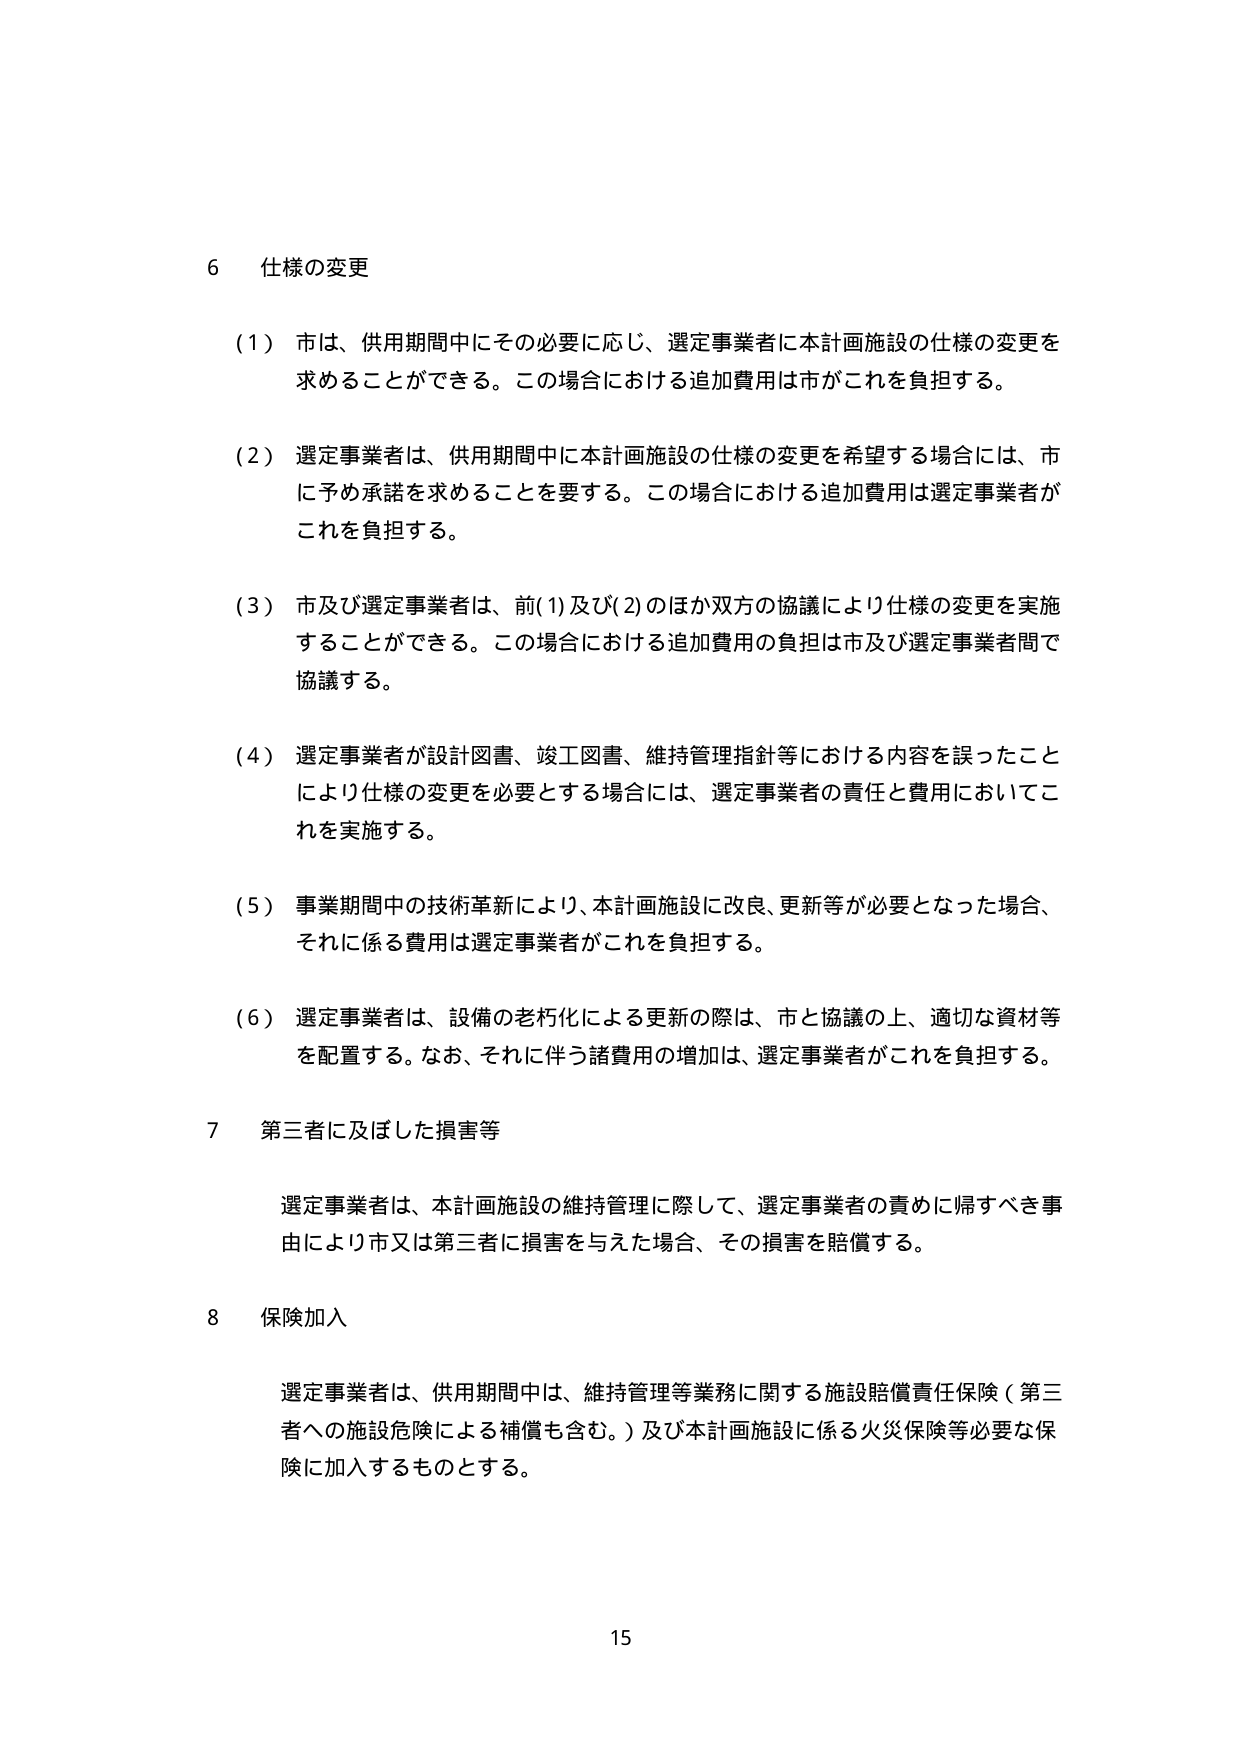
6 仕様の変更

（1）市は、供用期間中にその必要に応じ、選定事業者に本計画施設の仕様の変更を
求めることができる。この場合における追加費用は市がこれを負担する。

（2）選定事業者は、供用期間中に本計画施設の仕様の変更を希望する場合には、市
に予め承諾を求めることを要する。この場合における追加費用は選定事業者が
これを負担する。

（3）市及び選定事業者は、前(1)及び(2)のほか双方の協議により仕様の変更を実施
することができる。この場合における追加費用の負担は市及び選定事業者間で
協議する。

（4）選定事業者が設計図書、竣工図書、維持管理指針等における内容を誤ったこと
により仕様の変更を必要とする場合には、選定事業者の責任と費用においてこ
れを実施する。

（5）事業期間中の技術革新により、本計画施設に改良、更新等が必要となった場合、
それに係る費用は選定事業者がこれを負担する。

（6）選定事業者は、設備の老朽化による更新の際は、市と協議の上、適切な資材等
を配置する。なお、それに伴う諸費用の増加は、選定事業者がこれを負担する。

7 第三者に及ぼした損害等

選定事業者は、本計画施設の維持管理に際して、選定事業者の責めに帰すべき事
由により市又は第三者に損害を与えた場合、その損害を賠償する。

8 保険加入

選定事業者は、供用期間中は、維持管理等業務に関する施設賠償責任保険（第三
者への施設危険による補償も含む。）及び本計画施設に係る火災保険等必要な保
険に加入するものとする。

15